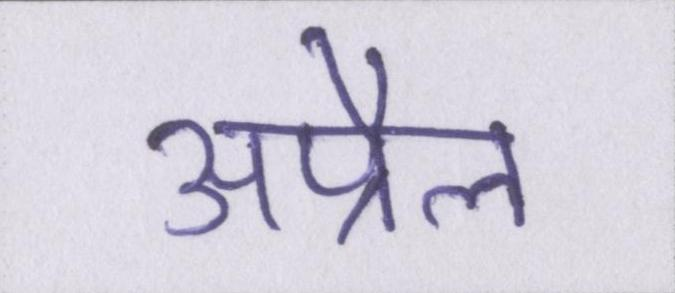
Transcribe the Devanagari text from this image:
अप्रैल